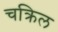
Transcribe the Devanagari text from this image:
चक्रिल